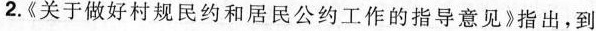
2.《关于做好村规民约和居民公约工作的指导意见》指出，到